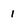
Character: 1